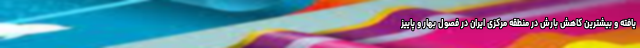
یافته و بیشترین کاهش بارش در منطقه مرکزی ایران در فصول بهار و پاییز